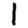
Digit: 1